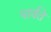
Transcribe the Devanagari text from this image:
पार्वते